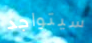
سيتواجد